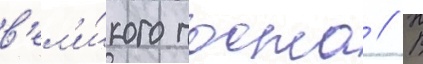
в'ел'и́кого поста // В